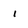
Character: i